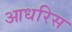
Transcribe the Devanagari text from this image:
आधरिस